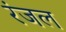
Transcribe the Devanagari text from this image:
रंजल